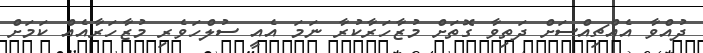
ދުއްވާ އެއްޗިއްސަށް ދަތިވާ ގޮތަށް މުޒާހަރާކުރާ ނަމަ އެއީ ސުލްހަވެރި މުޒާހަރާއެއް ކަމަށް